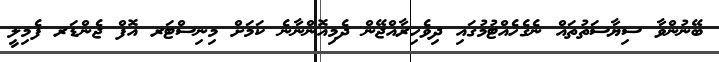
ބޭނުންވާ ސިޔާސަތުތައް ނެގެހެއްޓުމުގައި ދިވެހިރާއްޖޭން ދެމިއޮންނާނެ ކަމަށް މިނިސްޓަރ އޮފް ޖެންޑަރ ފެމިލީ